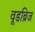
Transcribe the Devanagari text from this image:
वूडब्रिज